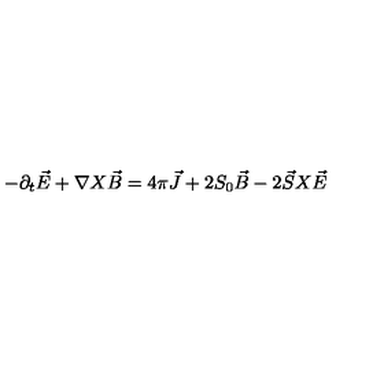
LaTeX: - { \partial } _ { t } \vec { E } + { \nabla } X \vec { B } = 4 { \pi } \vec { J } + 2 S _ { 0 } \vec { B } - 2 \vec { S } X \vec { E }